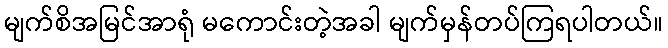
မျက်စိအမြင်အာရုံ မကောင်းတဲ့အခါ မျက်မှန်တပ်ကြရပါတယ်။